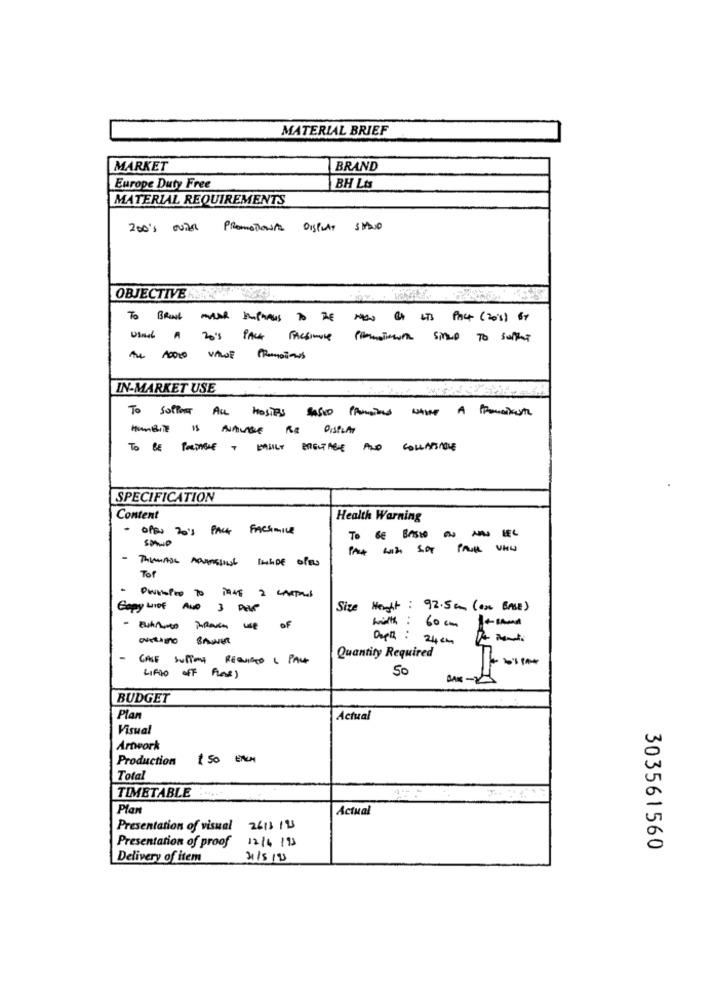
MATERIAL BRIEF
MARKET
BRAND
Europe Duty Free
BH Lis
MATERIAL REQUIREMENTS
200's OUTor PROMOTIONAL DISPLAY SHAND
OBJECTIVE
TO BRUK MASH UPHAUS TO THE NEW BOLTS PACK ( 203) 67
Usnad A 20's PACK FACSIMILE Promotions sinLD To suffer
Au no vince Promotions
IN-MARKET USE
To support ALL HosTES sasso Ponios white A Prominent
HUBIt Is AVAILABLE BE DISPLAY
TO BE PORTABLE + EASILY BRENTAGE AND COLLAPSIBLE
SPECIFICATION
Content
Health Warning
OPEN 20'S PACK FACSIMILE
SMUD
To BE BASED ON HAS LEG
Tof
PWHISPER TO THAT I WANTAN
Copy LINE AND 3 PP
Size Height
. : 92.50 (en BASE)
wirth
----
OF
60 cm+Band
Depth : 24 '
CASE SUPPONE REQUISTO L PAL
Quantity Required
50
LIFGO OFF FLAe)
BUDGET
Plan
Actual
Visual
Artwork
Production
150 ERUM
Total
TIMETABLE
Plan
Actual
Presentation of visual 2611 195
12/4/95
Presentation of proof
303561560
Delivery of item
31/5/95